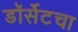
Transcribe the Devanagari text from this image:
डॉर्सेटचा